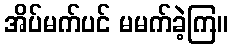
အိပ်မက်ပင် မမက်ခဲ့ကြ။